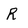
Character: R